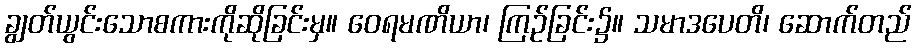
ချွတ်ယွင်းသောစကားကိုဆိုခြင်းမှ။ ဝေရမဏိယာ၊ ကြဉ်ခြင်း၌။ သမာဒပေတိ၊ ဆောက်တည်